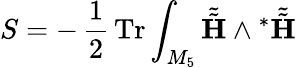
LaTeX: S=-\, \frac{1}{2}\, \mathrm{Tr}\int_{M_{5}}\tilde{\tilde{\mathbf H}}\wedge{^\ast\tilde{\tilde{\mathbf H}}}